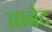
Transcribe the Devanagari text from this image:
अाबेद